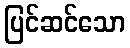
ပြင်ဆင်သော